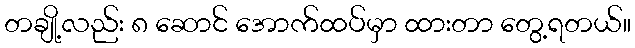
တချို့လည်း ၈ ဆောင် အောက်ထပ်မှာ ထားတာ တွေ့ရတယ်။